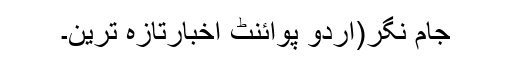
جام نگر(اُردو پوائنٹ اخبارتازہ ترین۔